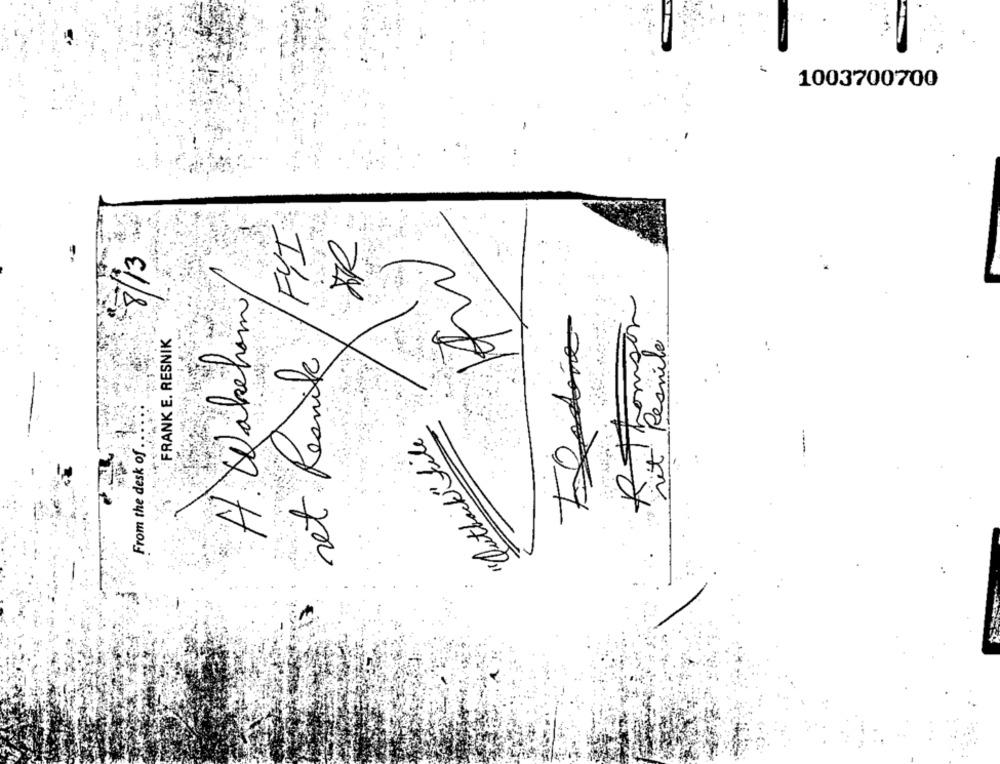
1003700700
FYI
8/13
A. Wakeham
R Thomson
FRANK E. RESNIK
net Reanik
vit Resmile
"Outback"file
From the desk of .